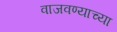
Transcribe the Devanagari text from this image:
वाजवण्याच्या